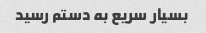
بسیار سریع به دستم رسید